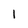
Character: l